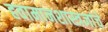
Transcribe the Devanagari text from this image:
हवामानशास्त्रज्ञांचे